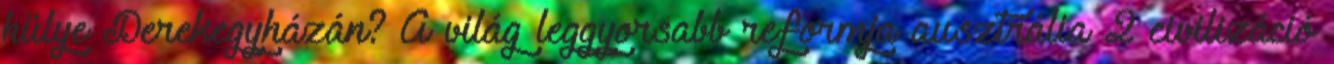
hülye Derekegyházán? A világ leggyorsabb reformja ausztrália 2 civilizáció